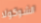
الشوكولا